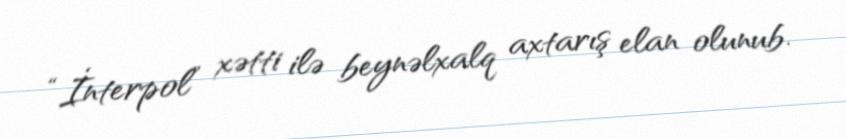
“İnterpol” xətti ilə beynəlxalq axtarış elan olunub.